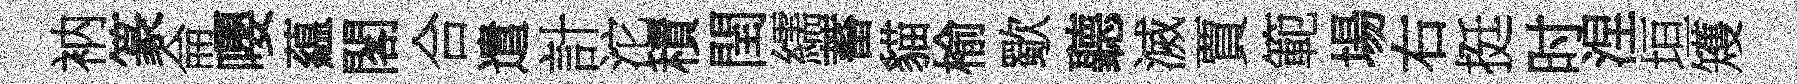
衲篆侖嚶藴閣合遣計沱積閏繻蓄貓榆歜聽滅賈範場右挺时涅垣矱